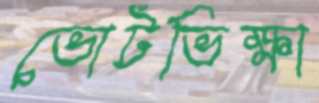
ভোটভিক্ষা